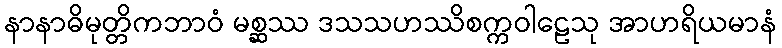
နာနာဓိမုတ္တိကဘာဝံ မစ္ဆဿ ဒသသဟဿိစက္ကဝါဠေသု အာဟရိယမာနံ